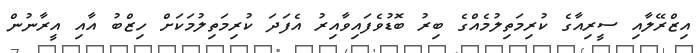
އިޒްރޭލާއި ސީރިއާގެ ކުރިމަތިލުމެއްގެ ބިރު ބޮޑުވެފައިވާއިރު އެފަދަ ކުރިމަތިލުމަކަށް ހިޒްބު އާއި އީރާނުން